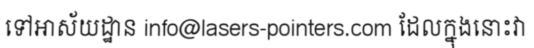
ទៅអាស័យដ្ឋាន info@lasers-pointers.com ដែលក្នុងនោះវា